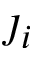
\j _ { i }